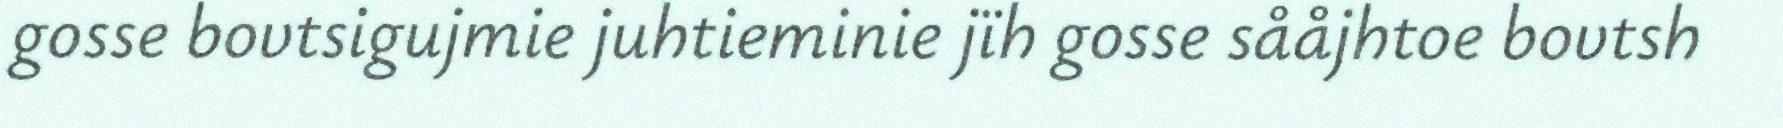
gosse bovtsigujmie juhtieminie jïh gosse sååjhtoe bovtsh